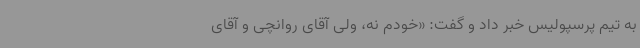
به تیم پرسپولیس خبر داد و گفت: «‌خودم نه، ولی آقای روانچی و آقای